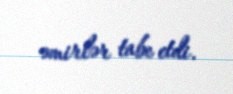
əmirlər tabe etdi.